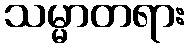
သမ္မာတရား